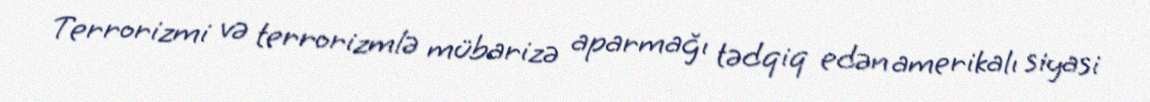
Terrorizmi və terrorizmlə mübarizə aparmağı tədqiq edən amerikalı siyasi